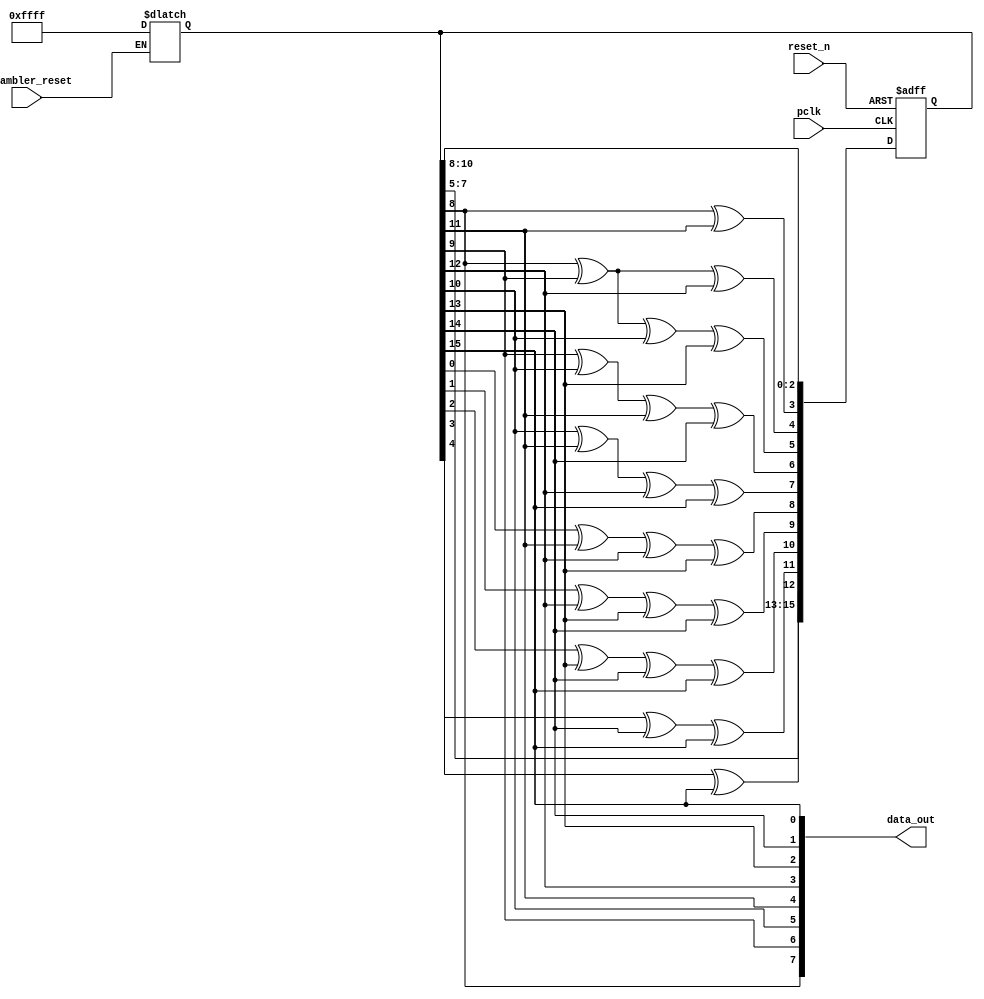
module LFSR_8(scrambler_reset, reset_n, pclk, data_out);

  input scrambler_reset, reset_n, pclk;
  
  output wire [7:0] data_out;

  reg [15:0] lfsr_q, lfsr_c;
  reg [7:0] data_c;

  always @(*) begin

	if(scrambler_reset)
      lfsr_q <= 16'hFFFF;

    lfsr_c[0] = lfsr_q[ 8];
    lfsr_c[1] = lfsr_q[ 9];
    lfsr_c[2] = lfsr_q[10];
    lfsr_c[3] = lfsr_q[ 8] ^ lfsr_q[11];
    lfsr_c[4] = lfsr_q[ 8] ^ lfsr_q[ 9] ^ lfsr_q[12];
    lfsr_c[5] = lfsr_q[ 8] ^ lfsr_q[ 9] ^ lfsr_q[10] ^ lfsr_q[13];
    lfsr_c[6] = lfsr_q[ 9] ^ lfsr_q[10] ^ lfsr_q[11] ^ lfsr_q[14];
    lfsr_c[7] = lfsr_q[10] ^ lfsr_q[11] ^ lfsr_q[12] ^ lfsr_q[15];
    lfsr_c[8] = lfsr_q[ 0] ^ lfsr_q[11] ^ lfsr_q[12] ^ lfsr_q[13];
    lfsr_c[9] = lfsr_q[ 1] ^ lfsr_q[12] ^ lfsr_q[13] ^ lfsr_q[14];
    lfsr_c[10] = lfsr_q[2] ^ lfsr_q[13] ^ lfsr_q[14] ^ lfsr_q[15];
    lfsr_c[11] = lfsr_q[3] ^ lfsr_q[14] ^ lfsr_q[15];
    lfsr_c[12] = lfsr_q[4] ^ lfsr_q[15];
    lfsr_c[13] = lfsr_q[5];
    lfsr_c[14] = lfsr_q[6];
    lfsr_c[15] = lfsr_q[7];

    data_c[0] = lfsr_q[15];
    data_c[1] = lfsr_q[14];
    data_c[2] = lfsr_q[13];
    data_c[3] = lfsr_q[12];
    data_c[4] = lfsr_q[11];
    data_c[5] = lfsr_q[10];
    data_c[6] = lfsr_q[9];
    data_c[7] = lfsr_q[8];

  end

  always @(posedge pclk or negedge reset_n)
    if(~reset_n) 
      lfsr_q <= 16'hFFFF; 
    else
      lfsr_q <= lfsr_c ;

	assign data_out = data_c;

endmodule